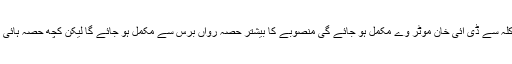
حکام نے کمیٹی کو بتایا ہے کہ آئندہ برس کے آخر تک یاکلہ سے ڈی آئی خان موٹر وے مکمل ہو جائے گی منصوبے کا بیشتر حصہ رواں برس سے مکمل ہو جائے گا لیکن کچھ حصہ ہائی رہے گا جو آئندہ برسی مارچ اپریل تک مکمل ہو جائے گا۔